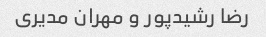
رضا رشیدپور و مهران مدیری